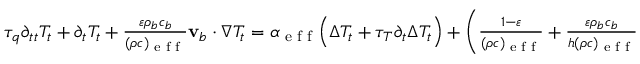
\begin{array} { r } { \tau _ { q } \partial _ { t t } T _ { t } + \partial _ { t } T _ { t } + \frac { \varepsilon \rho _ { b } c _ { b } } { ( \rho c ) _ { \textrm { e f f } } } \mathbf v _ { b } \cdot \nabla T _ { t } = \alpha _ { \textrm { e f f } } \Big ( \Delta T _ { t } + \tau _ { T } \partial _ { t } \Delta T _ { t } \Big ) + \left( \frac { 1 - \varepsilon } { ( \rho c ) _ { \textrm { e f f } } } + \frac { \varepsilon \rho _ { b } c _ { b } } { h ( \rho c ) _ { \textrm { e f f } } } \partial _ { t } \right) q _ { \textrm { m e t } } } \end{array}